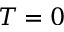
T = 0